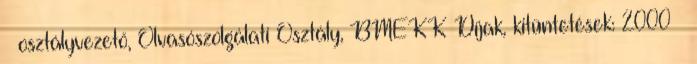
– osztályvezető, Olvasószolgálati Osztály, BMEKK Díjak, kitüntetések: 2000 –